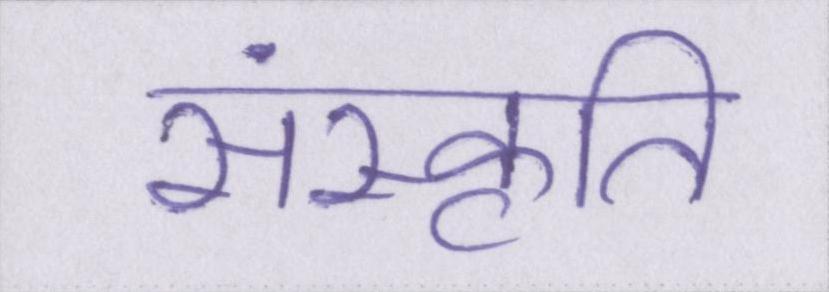
संस्कृति